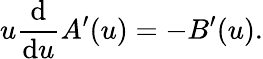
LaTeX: u\frac{\mathrm{d}}{\mathrm{d}u}A^{\prime}(u)=-B^{\prime}(u).